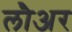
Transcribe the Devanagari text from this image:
लौअर